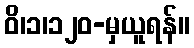
ဝိ၊၁၊၁၂၀-မှယူရန်။